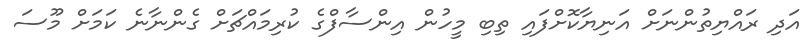
އަދި ރައްޔިތުންނަށް އަނިޔާކޮށްފައި ތިބި މީހުން އިންސާފްގެ ކުރިމައްޗަށް ގެންނާނެ ކަމަށް މޫސަ